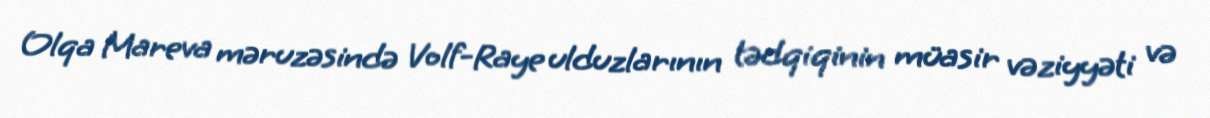
Olqa Mareva məruzəsində Volf-Raye ulduzlarının tədqiqinin müasir vəziyyəti və